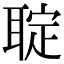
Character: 聢